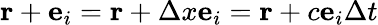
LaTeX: \mathbf{r}+{\mathbf e}_{i}=\mathbf{r}+\Delta x{\mathbf e}_{i}=\mathbf{r}+c{\mathbf e}_{i}\Delta t